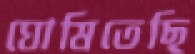
ঘোষিতেছি